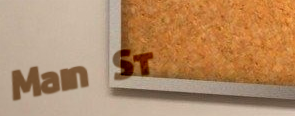
Main St